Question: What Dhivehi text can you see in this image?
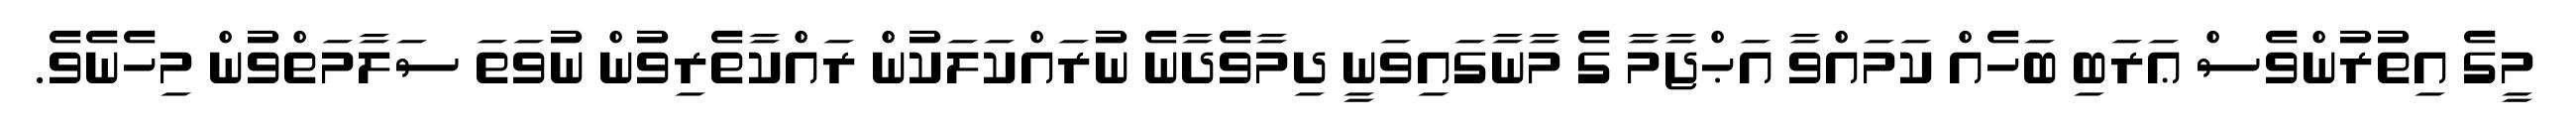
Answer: މީގެ އިތުރުންވެސް ޢަރަބި ބަހެއް ކަމައްވާ އަޙްޖާމާ ގެ މާނާގައިވަނީ ދިމާވެދާނެ ނުރައްކަލަކުން ރައްކާތެރިވުން ނުވަތަ ސަލާމަތްވުން މިހެނެވެ.